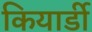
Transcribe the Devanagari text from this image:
कियार्डी